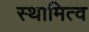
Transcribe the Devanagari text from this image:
स्थामित्व